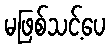
မဖြစ်သင့်ပေ